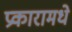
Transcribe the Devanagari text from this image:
प्रकारामधे